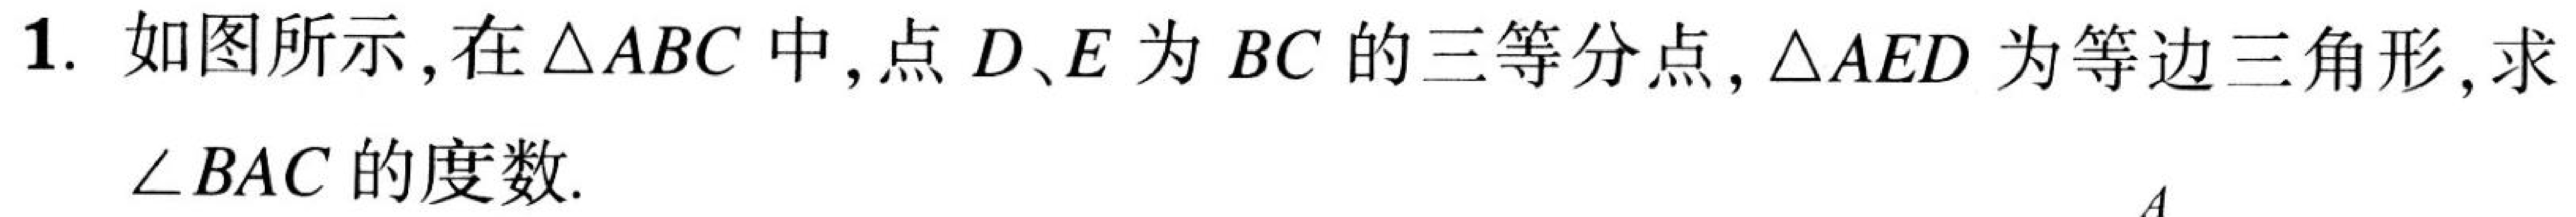
1. 如图所示，在\(\triangle ABC\)中，点\(D、E\)为\(BC\)的三等分点，\(\triangle AED\)为等边三角形，求\(\angle BAC\)的度数.